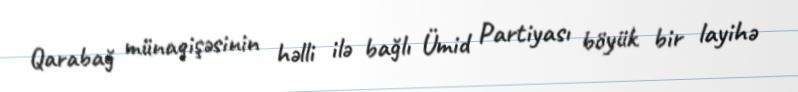
Qarabağ münaqişəsinin həlli ilə bağlı Ümid Partiyası böyük bir layihə